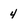
Character: 4